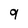
Character: 9